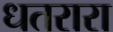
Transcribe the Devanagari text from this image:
धतरारा